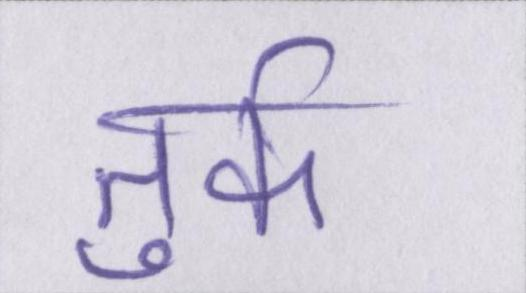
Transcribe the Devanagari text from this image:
तुर्क